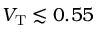
V _ { \mathrm { T } } \lesssim 0 . 5 5